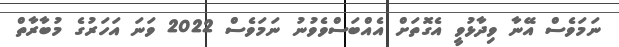
ނަމަވެސް އޭނާ ވިދާޅުވީ އެގޮތަށް އެއްބަސްވެވުނު ނަމަވެސް 2022 ވަނަ އަހަރުގެ މުބާރާތް